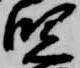
児